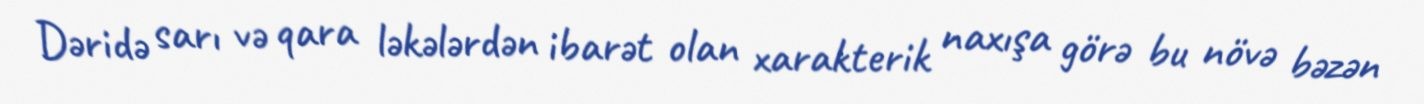
Dəridə sarı və qara ləkələrdən ibarət olan xarakterik naxışa görə bu növə bəzən